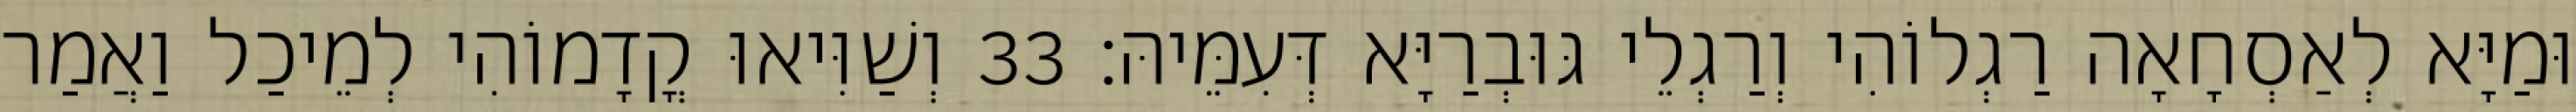
וּמַיָּא לְאַסְחָאָה רַגְלוֹהִי וְרַגְלֵי גּוּבְרַיָּא דְּעִמֵּיהּ׃ 33 וְשַׁוִּיאוּ קֳדָמוֹהִי לְמֵיכַל וַאֲמַר